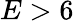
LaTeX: E>6